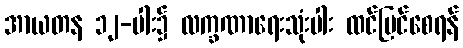
အာယတန ၁၂-ပါး၌ လက္ခဏာရေးသုံးပါး ထင်မြင်စေရန်